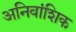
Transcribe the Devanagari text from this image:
अनिवांशिक